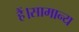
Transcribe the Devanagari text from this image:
हैं।सामान्य